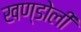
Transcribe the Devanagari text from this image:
खण्डोली